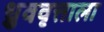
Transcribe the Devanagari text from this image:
ध्रुववृत्ताला